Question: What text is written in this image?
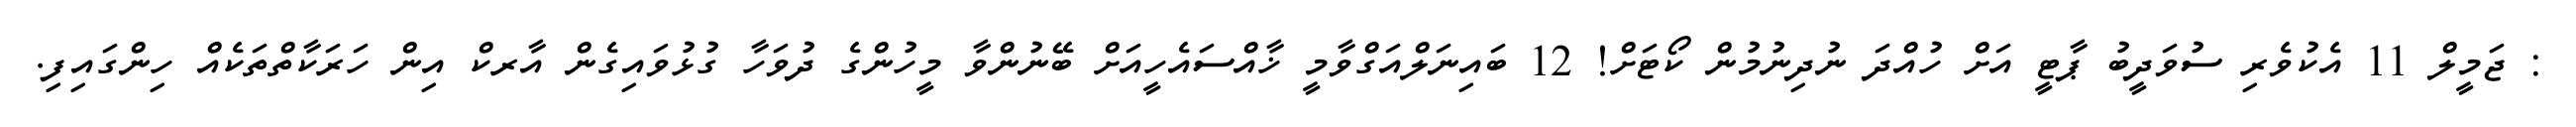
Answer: : ޖަމީލް 11 އެކުވެރި ސުވަދީބު ޕާޓީ އަށް ހުއްދަ ނުދިނުމުން ކޯޓަށް! 12 ބައިނަލްއަގްވާމީ ޚާއްސައެހީއަށް ބޭނުންވާ މީހުންގެ ދުވަހާ ގުޅުވައިގެން އާރކް އިން ހަރަކާތްތަކެއް ހިންގައިފި.